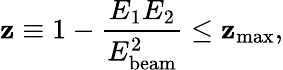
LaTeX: \mathbf{z}\equiv1-{\frac{{E_{\mathrm{{1}}}E_{\mathrm{{2}}}}}{{E_{\mathrm{{beam}}}^{2}}}}\leq\mathbf{z}_{\mathrm{{max}}},